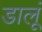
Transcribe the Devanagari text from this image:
डालूं